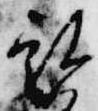
被